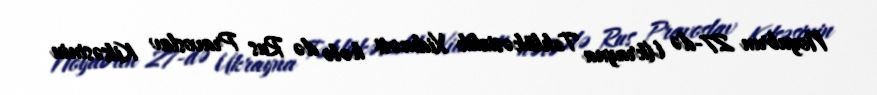
Noyabrın 27-də Ukrayna Təhlükəsizlik Xidməti hələ də Rus Pravoslav Kilsəsinin